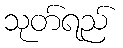
သုတ်ရည်